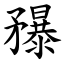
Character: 䂍